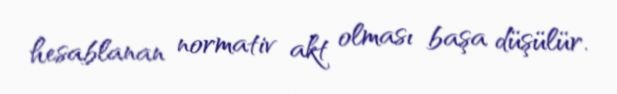
hesablanan normativ akt olması başa düşülür.